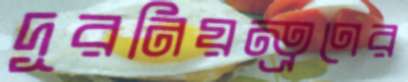
দূরনিয়ন্ত্রণের